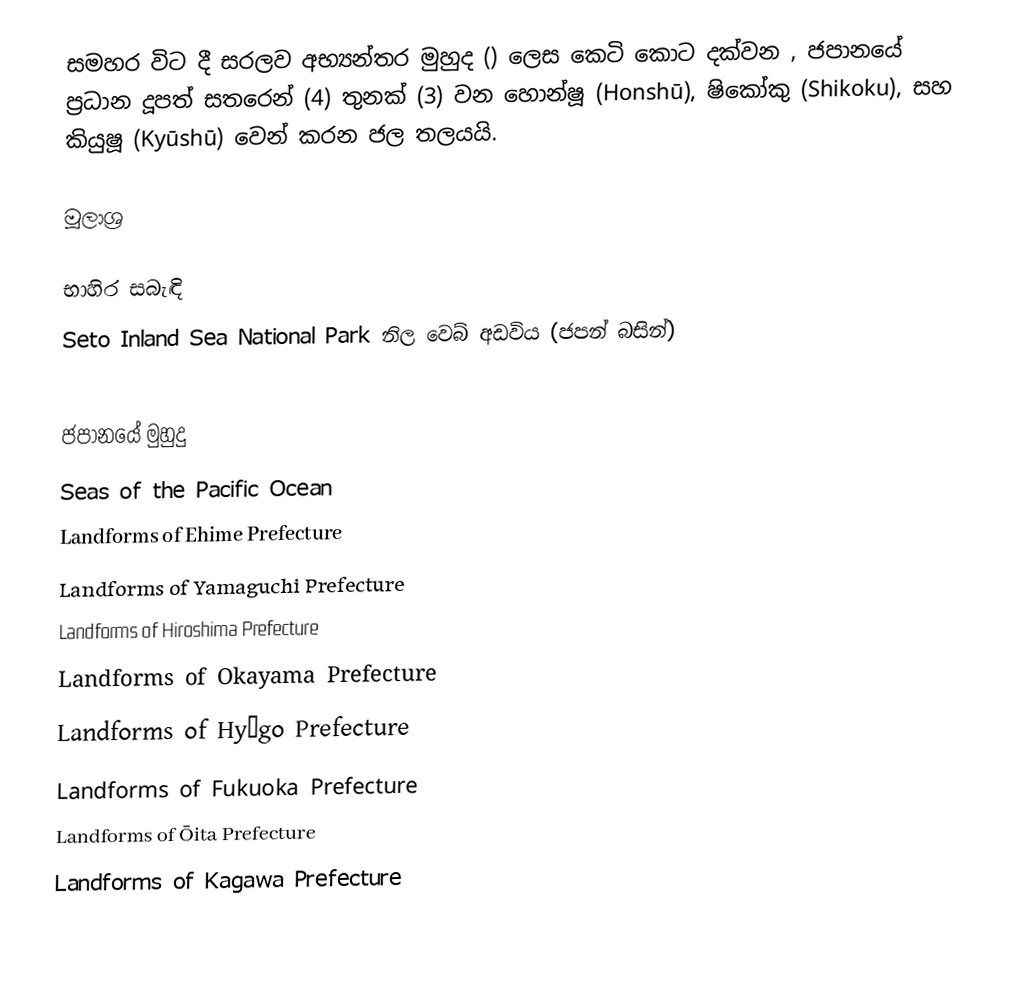
සමහර විට දී සරලව අභ්‍යන්තර මුහුද () ලෙස කෙටි කොට දක්වන , ජපානයේ ප්‍රධාන දූපත් සතරෙන් (4) තුනක් (3) වන හොන්ෂූ (Honshū), ෂිකෝකු (Shikoku), සහ කියුෂූ (Kyūshū) වෙන් කරන ජල තලයයි.

මූලාශ්‍ර

භාහිර සබැඳි
 Seto Inland Sea National Park නිල වෙබ් අඩවිය (ජපන් බසින්)

ජපානයේ මුහුදු
Seas of the Pacific Ocean
Landforms of Ehime Prefecture
Landforms of Yamaguchi Prefecture
Landforms of Hiroshima Prefecture
Landforms of Okayama Prefecture
Landforms of Hyōgo Prefecture
Landforms of Fukuoka Prefecture
Landforms of Ōita Prefecture
Landforms of Kagawa Prefecture